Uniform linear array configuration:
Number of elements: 64
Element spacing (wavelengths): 0.75
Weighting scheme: hamming
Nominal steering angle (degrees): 0
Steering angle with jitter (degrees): -1.008
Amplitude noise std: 0.05
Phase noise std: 0.05

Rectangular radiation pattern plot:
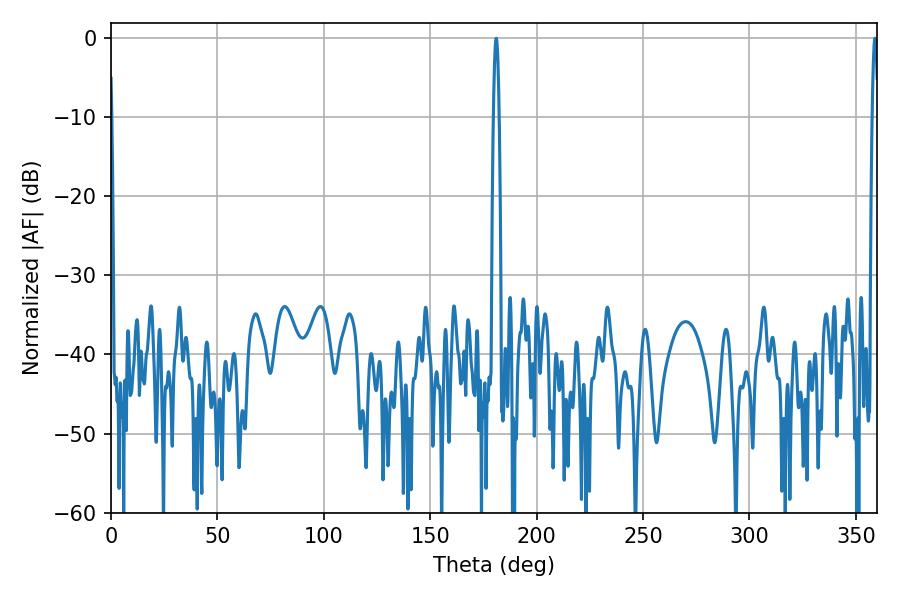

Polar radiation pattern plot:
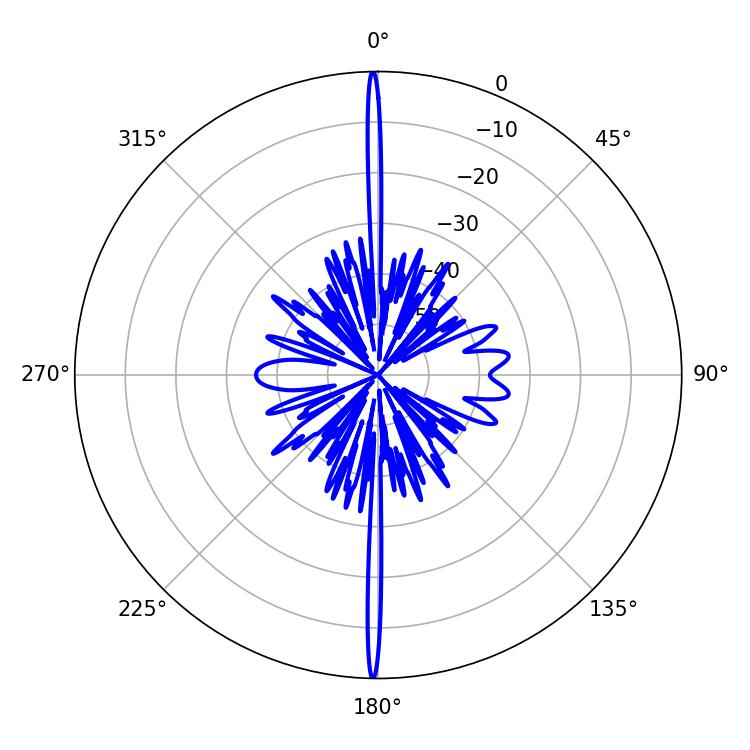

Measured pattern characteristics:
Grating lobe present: TRUE
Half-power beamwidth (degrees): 1.26
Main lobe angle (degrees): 358.92